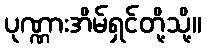
ပုဏ္ဏားအိမ်ရှင်တို့သို့။